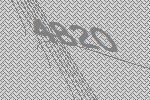
4820